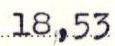
18,53